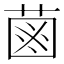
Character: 𦳊